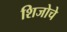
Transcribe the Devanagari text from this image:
शिजोचे